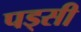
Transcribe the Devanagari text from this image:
पड्सी